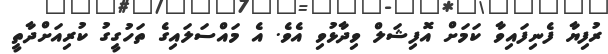
ރުފިޔާ ފެނިފައިވާ ކަމަށް އޮފިޝަލް ވިދާޅުވި އެވެ. އެ މައްސަލައިގެ ތަހުގީގު ކުރިއަށްދާތީ